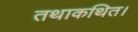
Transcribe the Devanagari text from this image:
तथाकथित।